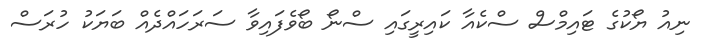
ނިއު ޔޯކުގެ ޓައިމްސް ސްކެއާ ކައިރީގައި ސްނޯ ބޯވެފައިވާ ސަރަހައްދެއް ބަޔަކު ހުރަސް